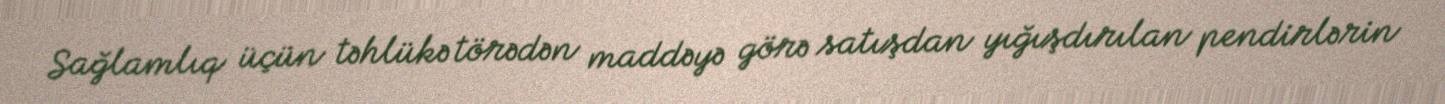
Sağlamlıq üçün təhlükə törədən maddəyə görə satışdan yığışdırılan pendirlərin